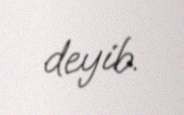
deyib.